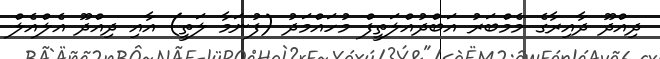
ދިއްދޫ ދާއިރާގެ މެމްބަރު އަބްދުއްލަތީފް މުހައްމަދު (ފުނަމާ ލަތީ) އާއި ދިއްދޫ އެލްއެލް